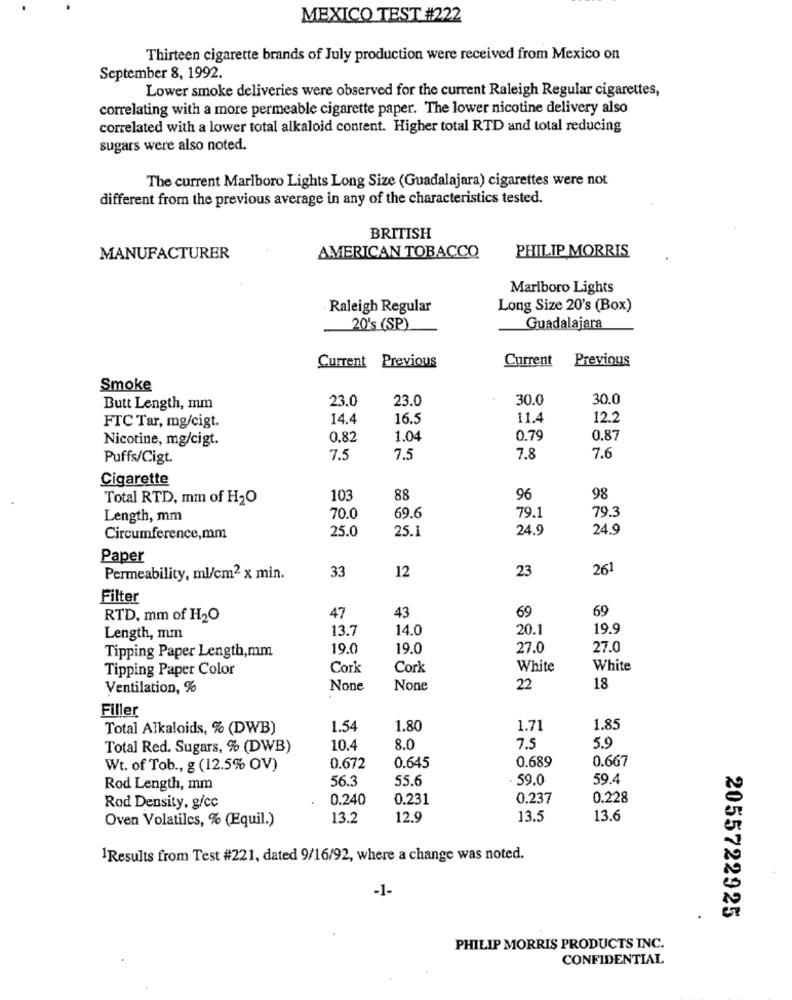
MEXICO TEST #222
Thirteen cigarette brands of July production were received from Mexico on
September 8, 1992.
Lower smoke deliveries were observed for the current Raleigh Regular cigarettes,
correlating with a more permeable cigarette paper. The lower nicotine delivery also
correlated with a lower total alkaloid content. Higher total RTD and total reducing
sugars were also noted.
The current Marlboro Lights Long Size (Guadalajara) cigarettes were not
different from the previous average in any of the characteristics tested.
BRITISH
PHILIP MORRIS
MANUFACTURER
AMERICAN TOBACCO
Marlboro Lights
Raleigh Regular
Long Size 20's (Box)
20's (SP)
Guadalajara
Current
Previous
Current Previous
Smoke
23.0
23.0
30.0
30.0
Butt Length, mm
14.4
16.5
11.4
12.2
FTC Tar, mg/cigt.
Nicotine, mg/cigt.
0.82
1.04
0.79
0.87
7.6
Puffs/Cigt.
7.5
7.5
7.8
Cigarette
Total RTD, mm of H2O
103
88
96
98
69.6
79.1
Length, mm
70.0
79.3
25.0
25.1
24.9
24.9
Circumference,mm
Paper
33
23
261
Permeability, ml/cm2 x min.
12
Filter
69
69
RTD. mm of H2O
47
43
13.7
14.0
20.1
19.9
Length, mm
19.0
19.0
27.0
27.0
Tipping Paper Length,mm
Tipping Paper Color
Cork
Cork
White
White
Ventilation, %
22
18
Filler
Total Alkaloids, % (DWB)
1.54
1.80
1.71
1.85
59
Total Red. Sugars, % (DWB)
10.4
8.0
7.5
0.667
Wt. of Tob ., g (12.5% OV)
0.672
0.645
0.689
56.3
55.6
. 59.0
59.4
Rod Length, mm
0.240
0.231
0.237
0.228
Rod Density, g/cc
13.2
12.9
13.5
13.6
Oven Volatiles, % (Equil.)
1Results from Test #221, dated 9/16/92, where a change was noted.
-1-
2055722925
PHILIP MORRIS PRODUCTS INC.
CONFIDENTIAL